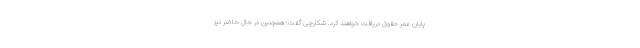
پایان عمر حقوق دریافت خواهند کرد. شکارچی گفت: همچنین در حال حاضر نیز